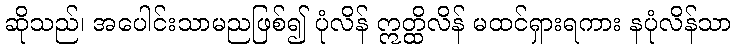
ဆိုသည်၊ အပေါင်းသာမညဖြစ်၍ ပုံလိန် ဣတ္ထိလိန် မထင်ရှားရကား နပုံလိန်သာ